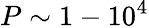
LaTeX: P\sim 1-10^{4}